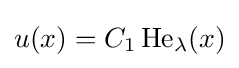
u(x)=C_{1}\operatorname {He} _{\lambda }(x)